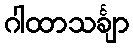
ဂါထာသင်္ချာ